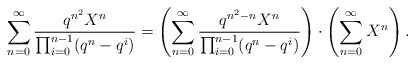
\begin{align*}\sum_{n=0}^\infty \frac{q^{n^2} X^n}{\prod_{i=0}^{n-1}(q^n-q^i)} = \left(\sum_{n=0}^\infty \frac{q^{n^2-n}X^n}{\prod_{i=0}^{n-1}(q^n-q^i)}\right) \cdot \left(\sum_{n=0}^\infty X^n\right).\end{align*}